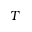
T